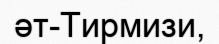
әт-Тирмизи,